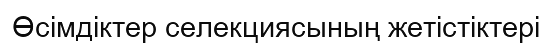
Өсімдіктер селекциясының жетістіктері